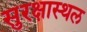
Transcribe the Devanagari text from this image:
सुरक्षास्थल